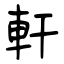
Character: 軒